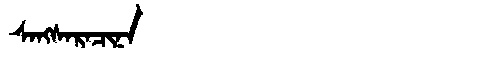
Manchu: ᠰᠠᠩᠰᠠᡵᠠᠴᡳᠨᠠ
Romanization: SANGSARACINA